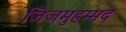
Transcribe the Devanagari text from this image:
जिजमुहम्मद